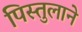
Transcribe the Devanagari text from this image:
पिस्तुलाने